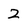
Character: 2